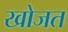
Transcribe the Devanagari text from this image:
खोजत